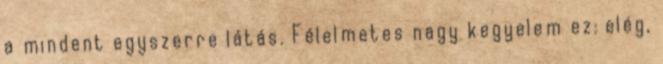
a mindent egyszerre látás. Félelmetes nagy kegyelem ez: elég,